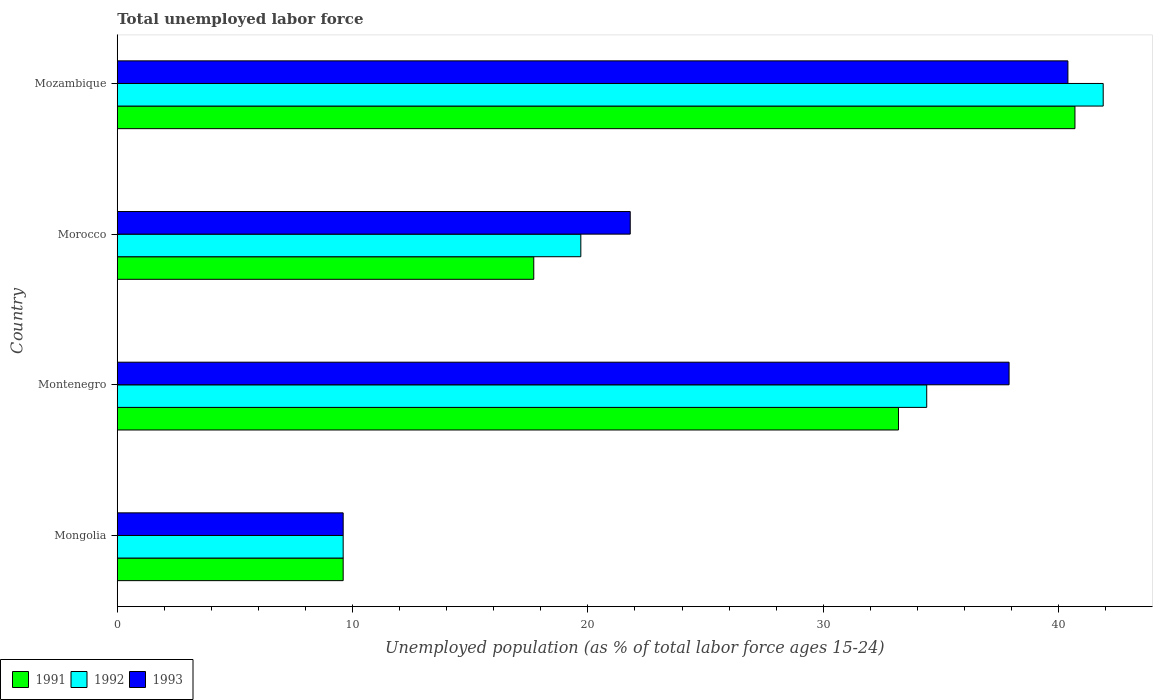
| Country | 1991 | 1992 | 1993 |
 | --- | --- | --- | --- |
 | Mongolia | 9.6 | 9.6 | 9.6 |
 | Montenegro | 33.2 | 34.4 | 37.9 |
 | Morocco | 17.7 | 19.7 | 21.8 |
 | Mozambique | 40.7 | 41.9 | 40.4 |